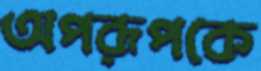
অপরূপকে